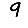
Digit: 9